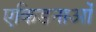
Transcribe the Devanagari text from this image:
एकिडनाओं